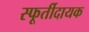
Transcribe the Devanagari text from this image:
स्फूर्तीदायक